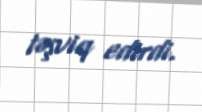
təşviq edirdi.